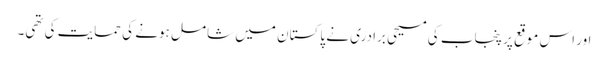
اور اس موقع پر پنجاب کی مسیحی برادری نے پاکستان میں شامل ہونے کی حمایت کی تھی۔